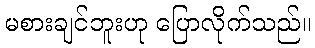
မစားချင်ဘူးဟု ပြောလိုက်သည်။